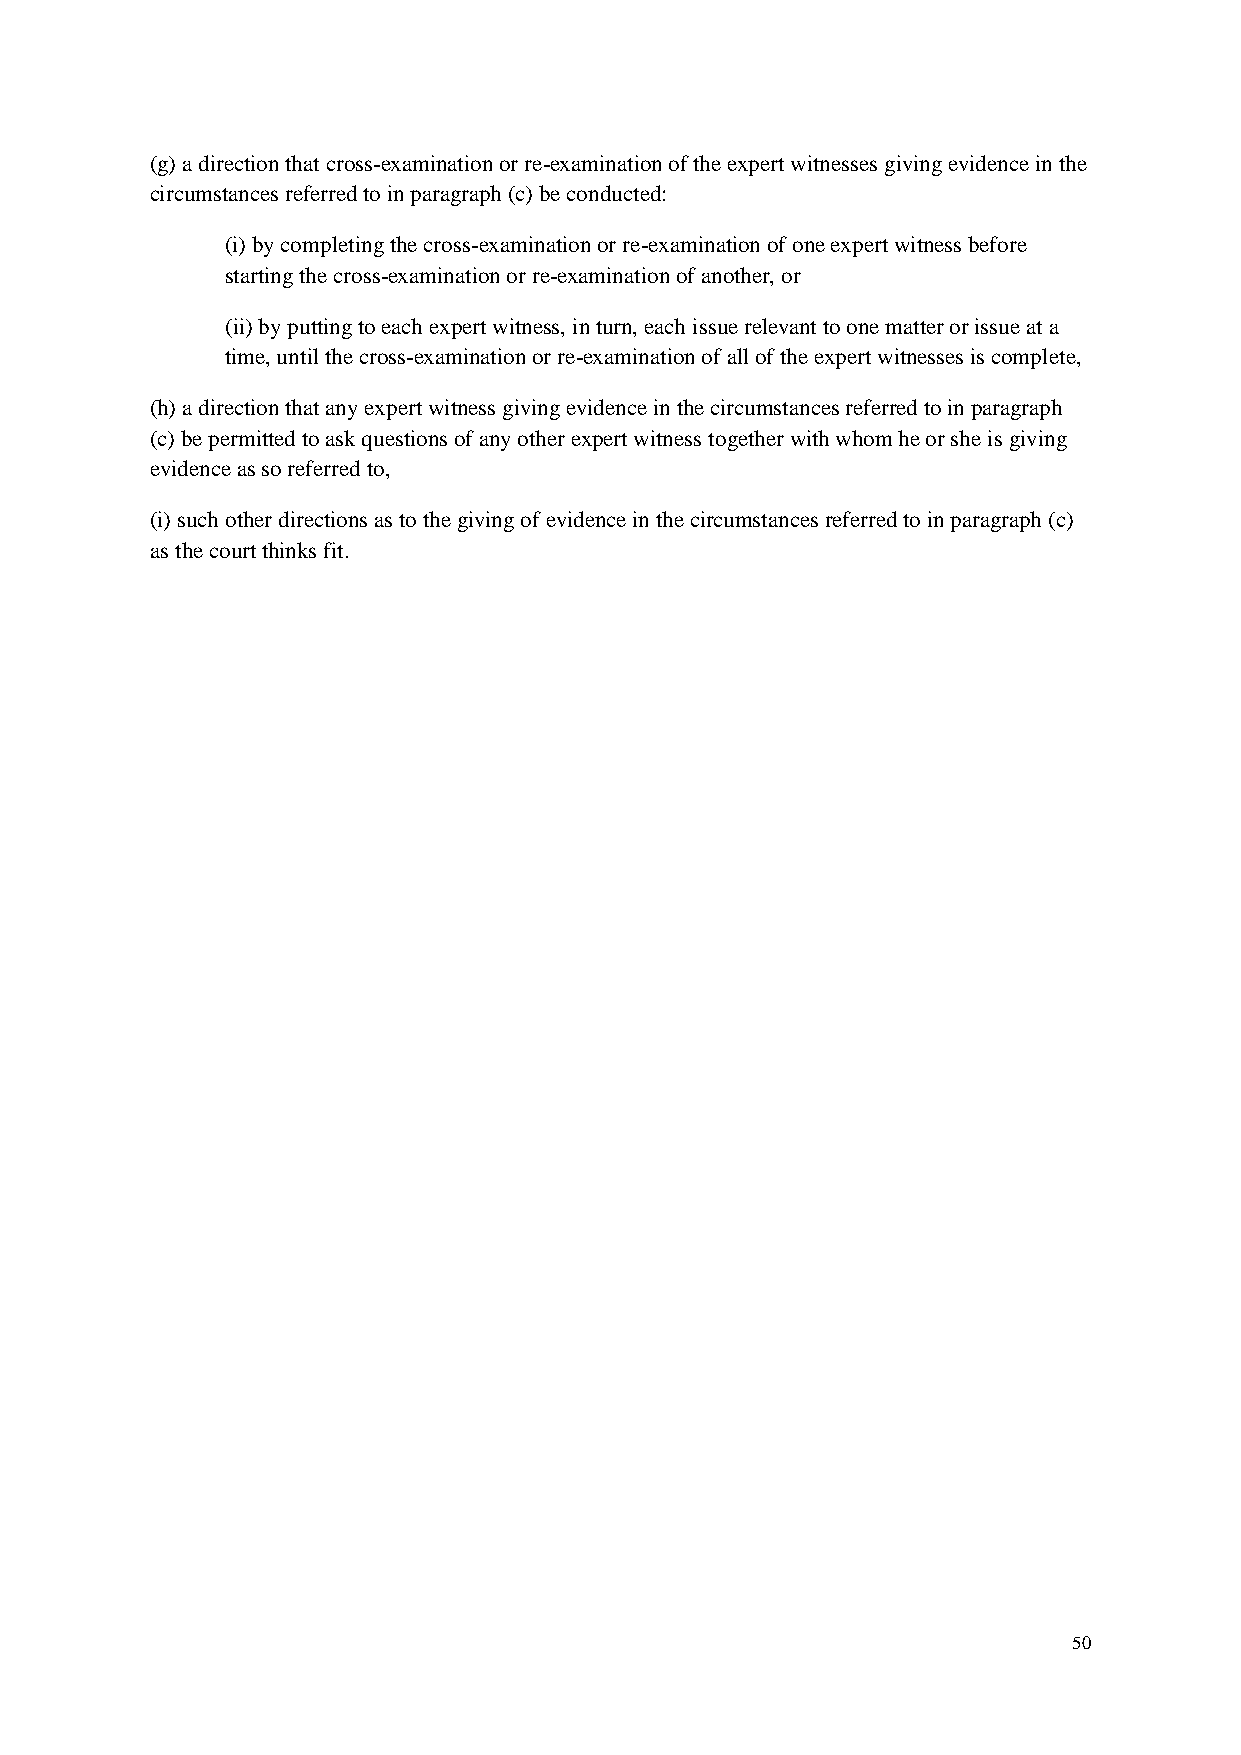
(g) a direction that cross-examination or re-examination of the expert witnesses giving evidence in the
 circumstances referred to in paragraph (c) be conducted:
 (i) by completing the cross-examination or re-examination of one expert witness before
 starting the cross-examination or re-examination of another, or
 (ii) by putting to each expert witness, in turn, each issue relevant to one matter or issue at a
 time, until the cross-examination or re-examination of all of the expert witnesses is complete,
 (h) a direction that any expert witness giving evidence in the circumstances referred to in paragraph
 (c) be permitted to ask questions of any other expert witness together with whom he or she is giving
 evidence as so referred to,
 (i) such other directions as to the giving of evidence in the circumstances referred to in paragraph (c)
 as the court thinks fit.
 50